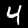
Digit: 4